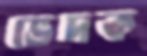
ভেদক